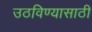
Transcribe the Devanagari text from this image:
उठविण्यासाठी